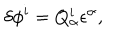
\delta \phi ^ { i } = Q _ { \alpha } ^ { i } \epsilon ^ { \alpha } ,